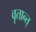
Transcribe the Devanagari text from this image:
वृतान्त्